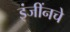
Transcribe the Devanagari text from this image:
इंजींनचे